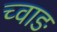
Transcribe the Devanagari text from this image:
च्वाङ